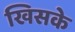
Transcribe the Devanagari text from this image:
खिसके